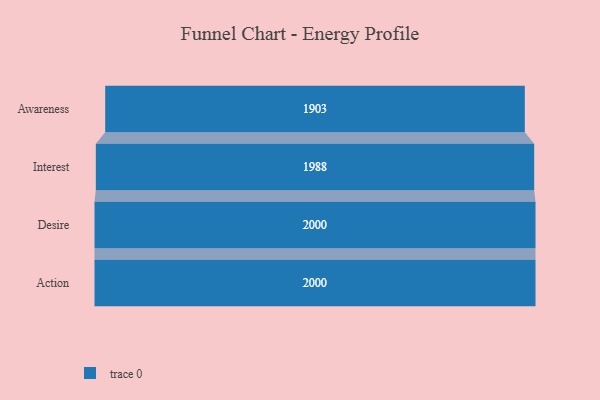
{"axis": {"x": "Stage", "y": "Value"}, "legend": [""], "data": [{"x": "Awareness", "y": 1903.0, "type": ""}, {"x": "Interest", "y": 1988.0, "type": ""}, {"x": "Desire", "y": 2000, "type": ""}, {"x": "Action", "y": 2000, "type": ""}]}